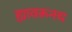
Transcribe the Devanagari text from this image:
ह्यावरूनच